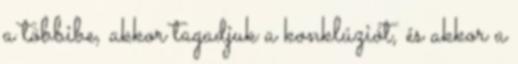
a többibe, akkor tagadjuk a konklúziót, és akkor a